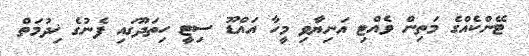
ޓޭންކެއްގެ މަތިން ވެއްޓި އަނިޔާވި މީހާ އައްޑޫ ސިޓީ ހިތަދޫގައި ފެނުގެ ޚިދުމަތް